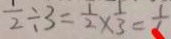
\frac { 1 } { 2 } \div 3 = \frac { 1 } { 2 } \times \frac { 1 } { 3 } = \frac { 1 } { 6 }